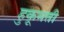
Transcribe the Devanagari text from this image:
हुकूमती